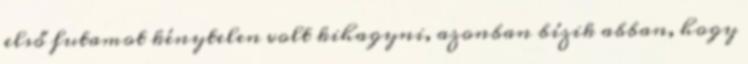
első futamot kénytelen volt kihagyni, azonban bízik abban, hogy